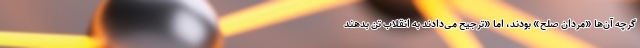
گرچه آن‌ها «مردان صلح» بودند، اما «ترجیح می‌دادند به انقلاب تن‌ بدهند